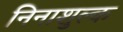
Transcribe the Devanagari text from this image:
निनाशुल्क